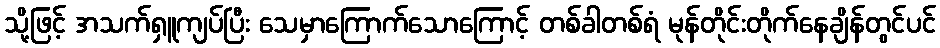
သို့ဖြင့် အသက်ရှူကျပ်ပြီး သေမှာကြောက်သောကြောင့် တစ်ခါတစ်ရံ မုန်တိုင်းတိုက်နေချိန်တွင်ပင်